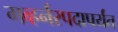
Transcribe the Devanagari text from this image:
गव्हर्नरपदापर्यंत